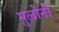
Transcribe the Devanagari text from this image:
मुल्रोनी